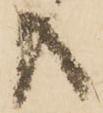
共